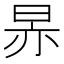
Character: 𬀳